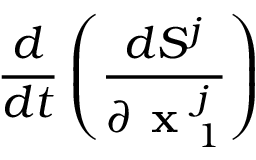
\frac { d } { d t } \left( \frac { d S ^ { j } } { \partial \textbf { x } _ { 1 } ^ { j } } \right)